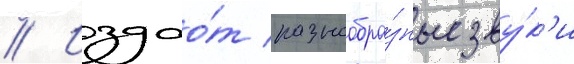
// Издао́т разнообра́зные зву́к'и